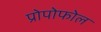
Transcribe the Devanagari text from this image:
प्रोपोफोल